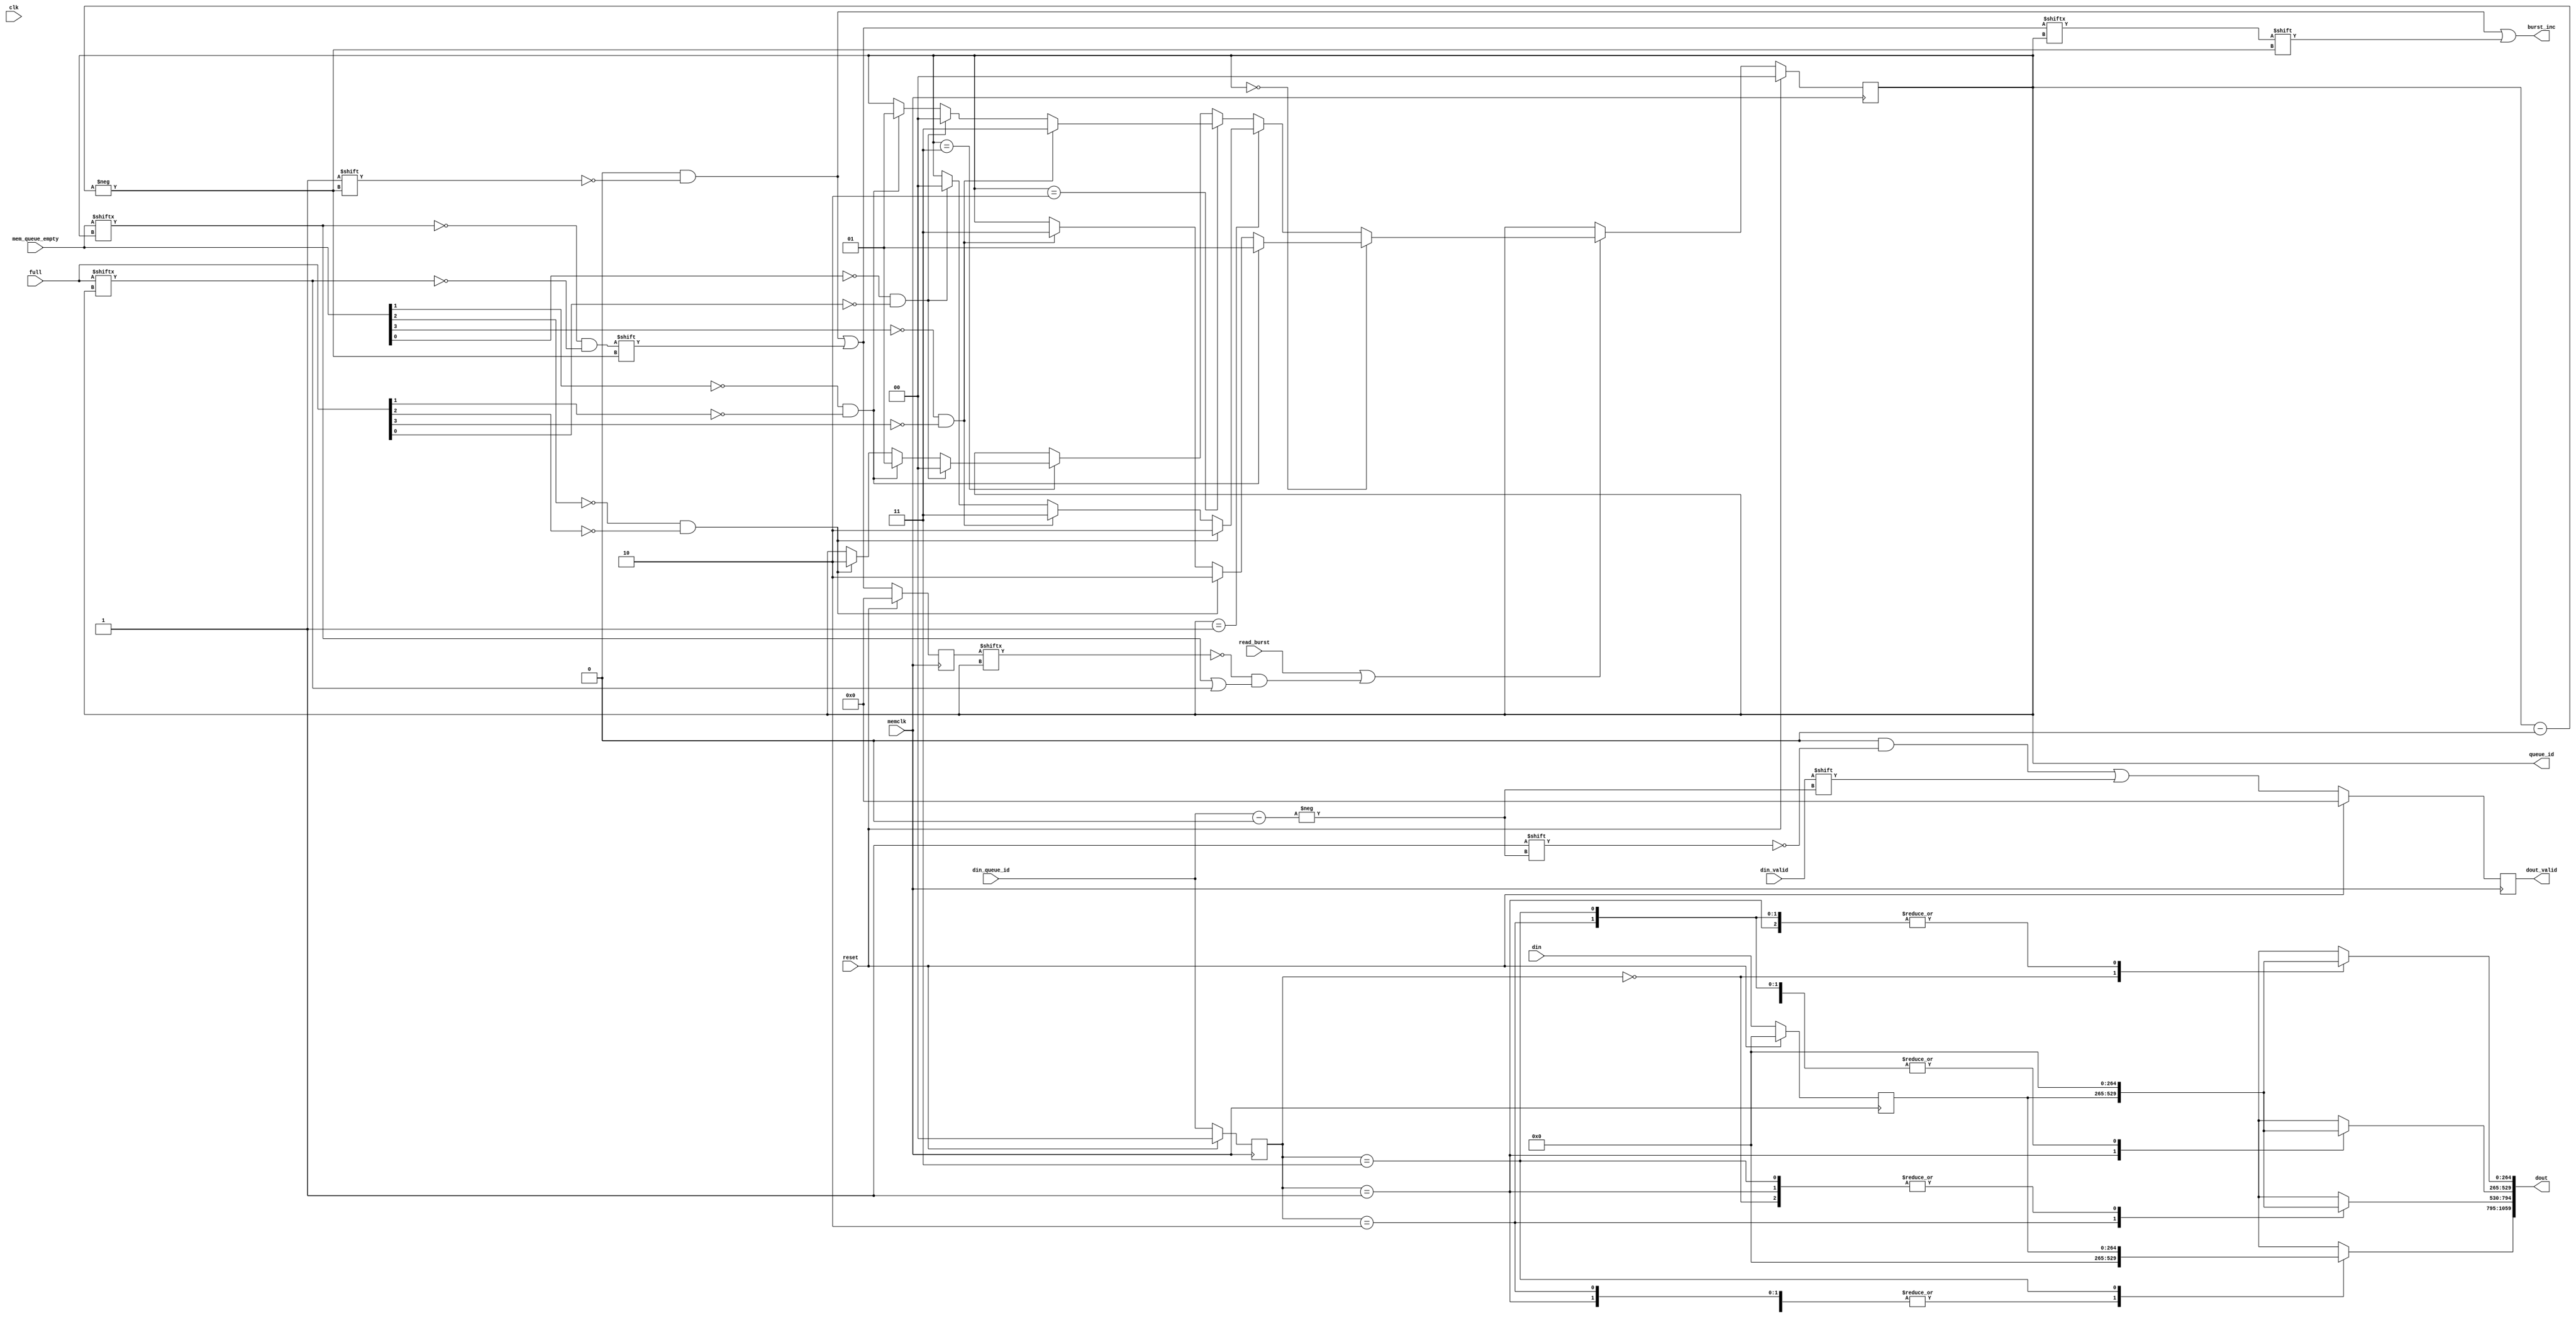
/*******************************************************************************
 *
 *  NetFPGA-10G http://www.netfpga.org
 *
 *  File:
 *        nf10_nic_output_port_lookup.v
 *
 *  Library:
 *        hw/std/pcores/nf10_sram_fifo
 *
 *  Module:
 *        fifoaxiarbiter
 *
 *  Author:
 *        Sam D'Amico
 *
 *  Description:
 *        Arbiter for output AXI4-Stream Interfaces
 *
 *  Copyright notice:
 *        Copyright (C) 2010,2011 The Board of Trustees of The Leland Stanford
 *                                Junior University
 *
 *  Licence:
 *        This file is part of the NetFPGA 10G development base package.
 *
 *        This package is free software: you can redistribute it and/or modify
 *        it under the terms of the GNU Lesser General Public License as
 *        published by the Free Software Foundation, either version 3 of the
 *        License, or (at your option) any later version.
 *
 *        This package is distributed in the hope that it will be useful, but
 *        WITHOUT ANY WARRANTY; without even the implied warranty of
 *        MERCHANTABILITY or FITNESS FOR A PARTICULAR PURPOSE.  See the GNU
 *        Lesser General Public License for more details.
 *
 *        You should have received a copy of the GNU Lesser General Public
 *        License along with the NetFPGA source package.  If not, see
 *        http://www.gnu.org/licenses/.
 *
 */


module FifoAxiArbiter
#(
///////////////////////////////////////////////////////////////////////////////
// Parameter Definitions
///////////////////////////////////////////////////////////////////////////////
  // Width of AXI data bus in bytes
  parameter integer TDATA_WIDTH        = 32,
  // Width of TUSER in bits
  parameter integer TUSER_WIDTH        = 64,
  parameter integer NUM_QUEUES         = 4,
  parameter integer QUEUE_ID_WIDTH     = 2
)
(
    input                           clk,
    input                           reset,
    
    input                           memclk,
    output reg [NUM_QUEUES-1:0]     burst_inc,
    input [NUM_QUEUES-1:0]          full,
    input                           read_burst,
    input                           din_valid,
    input  [((8*TDATA_WIDTH+9)-1):0]  din,
    input [QUEUE_ID_WIDTH-1:0]          din_queue_id,
    input  [NUM_QUEUES-1:0]         mem_queue_empty,
    output reg [QUEUE_ID_WIDTH-1:0] queue_id,
    output reg [((NUM_QUEUES*(8*TDATA_WIDTH+9))-1):0]  dout,
    output reg [NUM_QUEUES-1:0]     dout_valid
);

    reg [QUEUE_ID_WIDTH-1:0] next_queue_id;
    reg [NUM_QUEUES-1:0] prev_mem_queue_empty;
    reg [NUM_QUEUES-1:0] prev_inc;
    reg [NUM_QUEUES-1:0] inc;
    wire [NUM_QUEUES-1:0] queues_ready;
    wire [NUM_QUEUES-1:0] queue_in_use;
    reg [(((8*TDATA_WIDTH+9))-1):0] prev_din;
    reg [NUM_QUEUES-1:0] next_dout_valid;
    reg [QUEUE_ID_WIDTH-1:0] prev_din_queue_id;

    always @(posedge memclk)
    begin
        if(reset)
        begin
            queue_id <= {2'b00, 2'b00};
            prev_mem_queue_empty <= {(NUM_QUEUES){1'b1}};
            prev_inc <= {(NUM_QUEUES){1'b0}};
            prev_din <= {((8*TDATA_WIDTH+9)){1'b0}};
            dout_valid <= {(NUM_QUEUES){1'b0}};
            prev_din_queue_id <= {(QUEUE_ID_WIDTH){1'b0}};
        end
        else
        begin
            queue_id <= next_queue_id;
            prev_mem_queue_empty <= mem_queue_empty;
            prev_inc <= inc;
            prev_din <= din;
            dout_valid <= next_dout_valid;
            prev_din_queue_id <= din_queue_id;
        end
    end
    
    assign queues_ready = (~mem_queue_empty) & (~full); 
    assign queue_in_use = 1 << queue_id;
    always @(*)
    begin
        inc = 4'b0;
        burst_inc = 4'b0;
        next_dout_valid = 4'b0;
        dout = {(NUM_QUEUES*(8*TDATA_WIDTH+9)){1'b0}};
        //next_inc = 4'b0;
        next_queue_id = queue_id;
	
        if(read_burst || (~prev_inc[queue_id] && (mem_queue_empty[queue_id] || full[queue_id])))
        begin
            if(queue_id == 2'd0)
            begin
            if(~mem_queue_empty[1] && ~full[1])
            begin
                next_queue_id = 2'd1;
            end
            else if(~mem_queue_empty[2] && ~full[2])
            begin
                next_queue_id = 2'd2;
            end
            else if(~mem_queue_empty[3] && ~full[3])
            begin
                next_queue_id = 2'd3;
            end
            end
            else if(queue_id == 2'd1)
            begin
      
            if(~mem_queue_empty[2] && ~full[2])
            begin
                next_queue_id = 2'd2;
            end
            else if(~mem_queue_empty[3] && ~full[3])
            begin
                next_queue_id = 2'd3;
            end
            else if(~mem_queue_empty[0] && ~full[0])
            begin
                next_queue_id = 2'd0;
            end
            end
            else if(queue_id == 2'd2)
            begin
      
            if(~mem_queue_empty[3] && ~full[3])
            begin
                next_queue_id = 2'd3;
            end
            else if(~mem_queue_empty[0] && ~full[0])
            begin
                next_queue_id = 2'd0;
            end
            else if(~mem_queue_empty[1] && ~full[1])
            begin
                next_queue_id = 2'd1;
            end
            end
            else if(queue_id == 2'd3)
            begin
      
            if(~mem_queue_empty[0] && ~full[0])
            begin
                next_queue_id = 2'd0;
            end
            else if(~mem_queue_empty[1] && ~full[1])
            begin
                next_queue_id = 2'd1;
            end
            else if(~mem_queue_empty[2] && ~full[2])
            begin
                next_queue_id = 2'd2;
            end
            end
        end

        inc[queue_id] = (~mem_queue_empty[queue_id] && ~full[queue_id]);
        burst_inc[queue_id] = (inc[queue_id]/* && ~read_burst*/);

        next_dout_valid[din_queue_id] = (/*~prev_mem_queue_empty[queue_id] &&*/ din_valid);
        //dout[((8*TDATA_WIDTH+TUSER_WIDTH+1)*(1)-1):((8*TDATA_WIDTH+TUSER_WIDTH+1)*0)] = prev_din;
        
        case(prev_din_queue_id)
            0:
                dout[((8*TDATA_WIDTH+9)*(1)-1):((8*TDATA_WIDTH+9)*0)] = prev_din;
            1:
                dout[((8*TDATA_WIDTH+9)*(2)-1):((8*TDATA_WIDTH+9)*1)] = prev_din;
            2:
                dout[((8*TDATA_WIDTH+9)*(3)-1):((8*TDATA_WIDTH+9)*2)] = prev_din;
            3:
                dout[((8*TDATA_WIDTH+9)*(4)-1):((8*TDATA_WIDTH+9)*3)] = prev_din;
        endcase
        
    end

endmodule